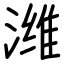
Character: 潍